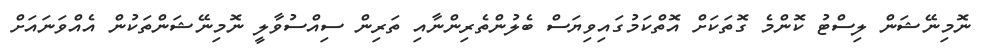
ނޮމިނޭޝަން ލިސްޓު ކޮންމެ ގޮތަކަށް އޮތްކަމުގައިވިޔަސް ބެލުންތެރިންނާއި ތަރިން ސިއްސުވާލީ ނޮމިނޭޝަންތަކުން އެއްވަނައަށް